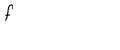
LaTeX: f